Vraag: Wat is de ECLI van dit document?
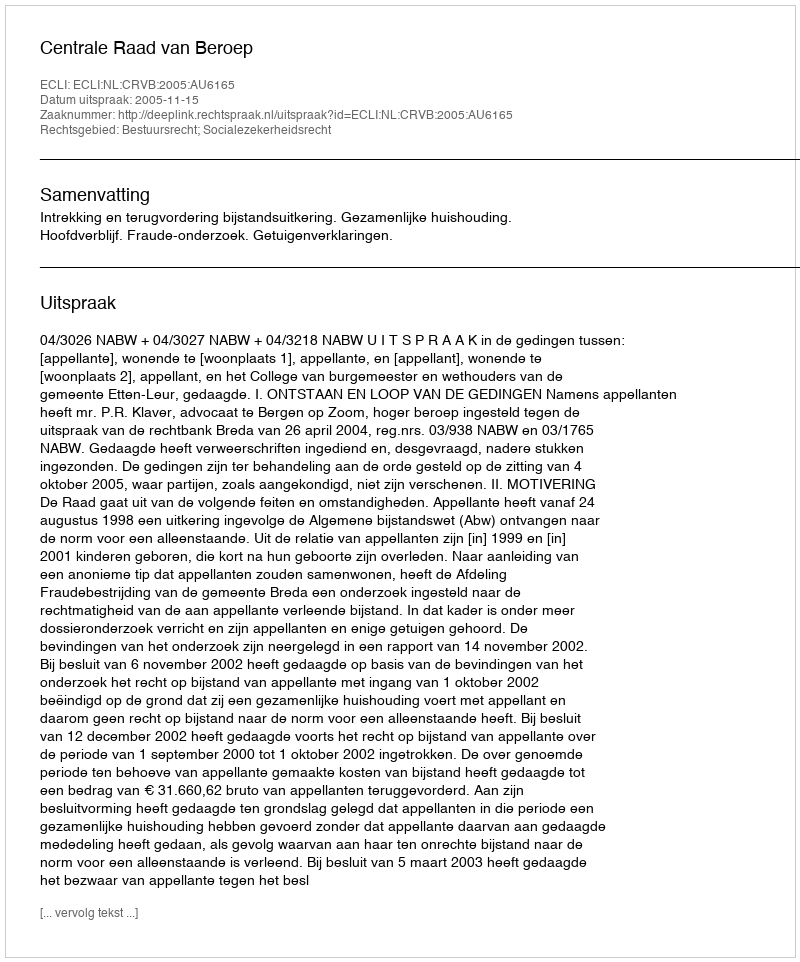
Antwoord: ECLI:NL:CRVB:2005:AU6165